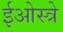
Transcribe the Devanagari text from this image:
ईओस्त्रे